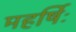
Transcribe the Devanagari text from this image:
महर्षिः